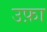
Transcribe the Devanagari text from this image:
उफ़ा